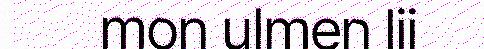
mon ulmen lii